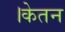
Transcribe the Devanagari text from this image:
।केतन